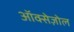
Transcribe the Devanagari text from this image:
ऑक्सेज़ोल